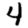
Digit: 4